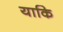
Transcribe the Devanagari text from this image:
याकि